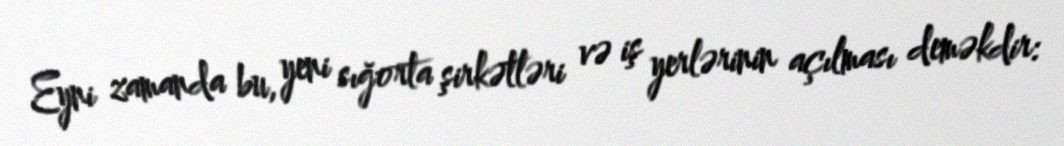
Eyni zamanda bu, yeni sığorta şirkətləri və iş yerlərinin açılması deməkdir: